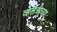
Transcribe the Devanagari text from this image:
व्हेलेत्रीच्या